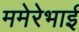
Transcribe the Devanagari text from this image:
ममेरेभाई